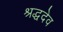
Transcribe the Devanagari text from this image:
श्रद्धदेव